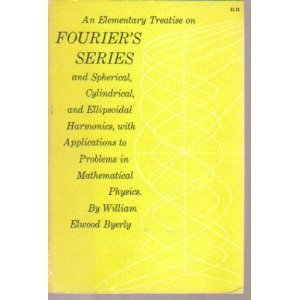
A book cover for An Elementary Treatise on Fourier's Series and Spherical, Cylindrical, and Ellipsoidal Harmonics, with Applications to Problems in Mathematical Physics.; William Elmwood, Ph.D. Byerly; Science & Math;